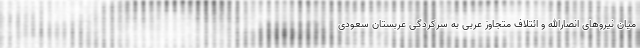
میان نیروهای انصارالله و ائتلاف متجاوز عربی به سرکردگی عربستان سعودی